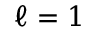
\ell = 1